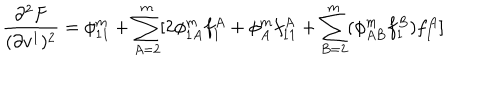
LaTeX: \frac { \partial ^ { 2 } F } { ( \partial v ^ { 1 } ) ^ { 2 } } = \phi _ { 1 1 } ^ { m } + \sum _ { A = 2 } ^ { m } [ 2 \phi _ { 1 A } ^ { m } f _ { 1 } ^ { A } + \phi _ { A } ^ { m } f _ { 1 1 } ^ { A } + \sum _ { B = 2 } ^ { m } ( \phi _ { A B } ^ { m } f _ { 1 } ^ { B } ) f _ { 1 } ^ { A } ]